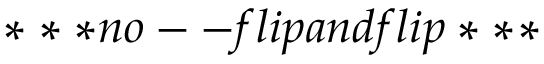
* * * n o -- f l i p a n d f l i p * * *